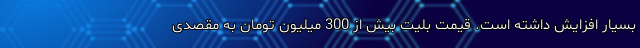
بسیار افزایش داشته‌ است. قیمت بلیت بیش از 300 میلیون تومان به مقصدی